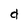
Character: d